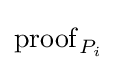
\mathrm {proof} _{P_{i}}